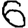
Digit: 6